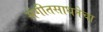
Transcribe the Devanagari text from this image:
संगीतसाधनेचा